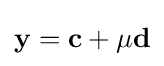
\mathbf {y} =\mathbf {c} +\mu \mathbf {d}